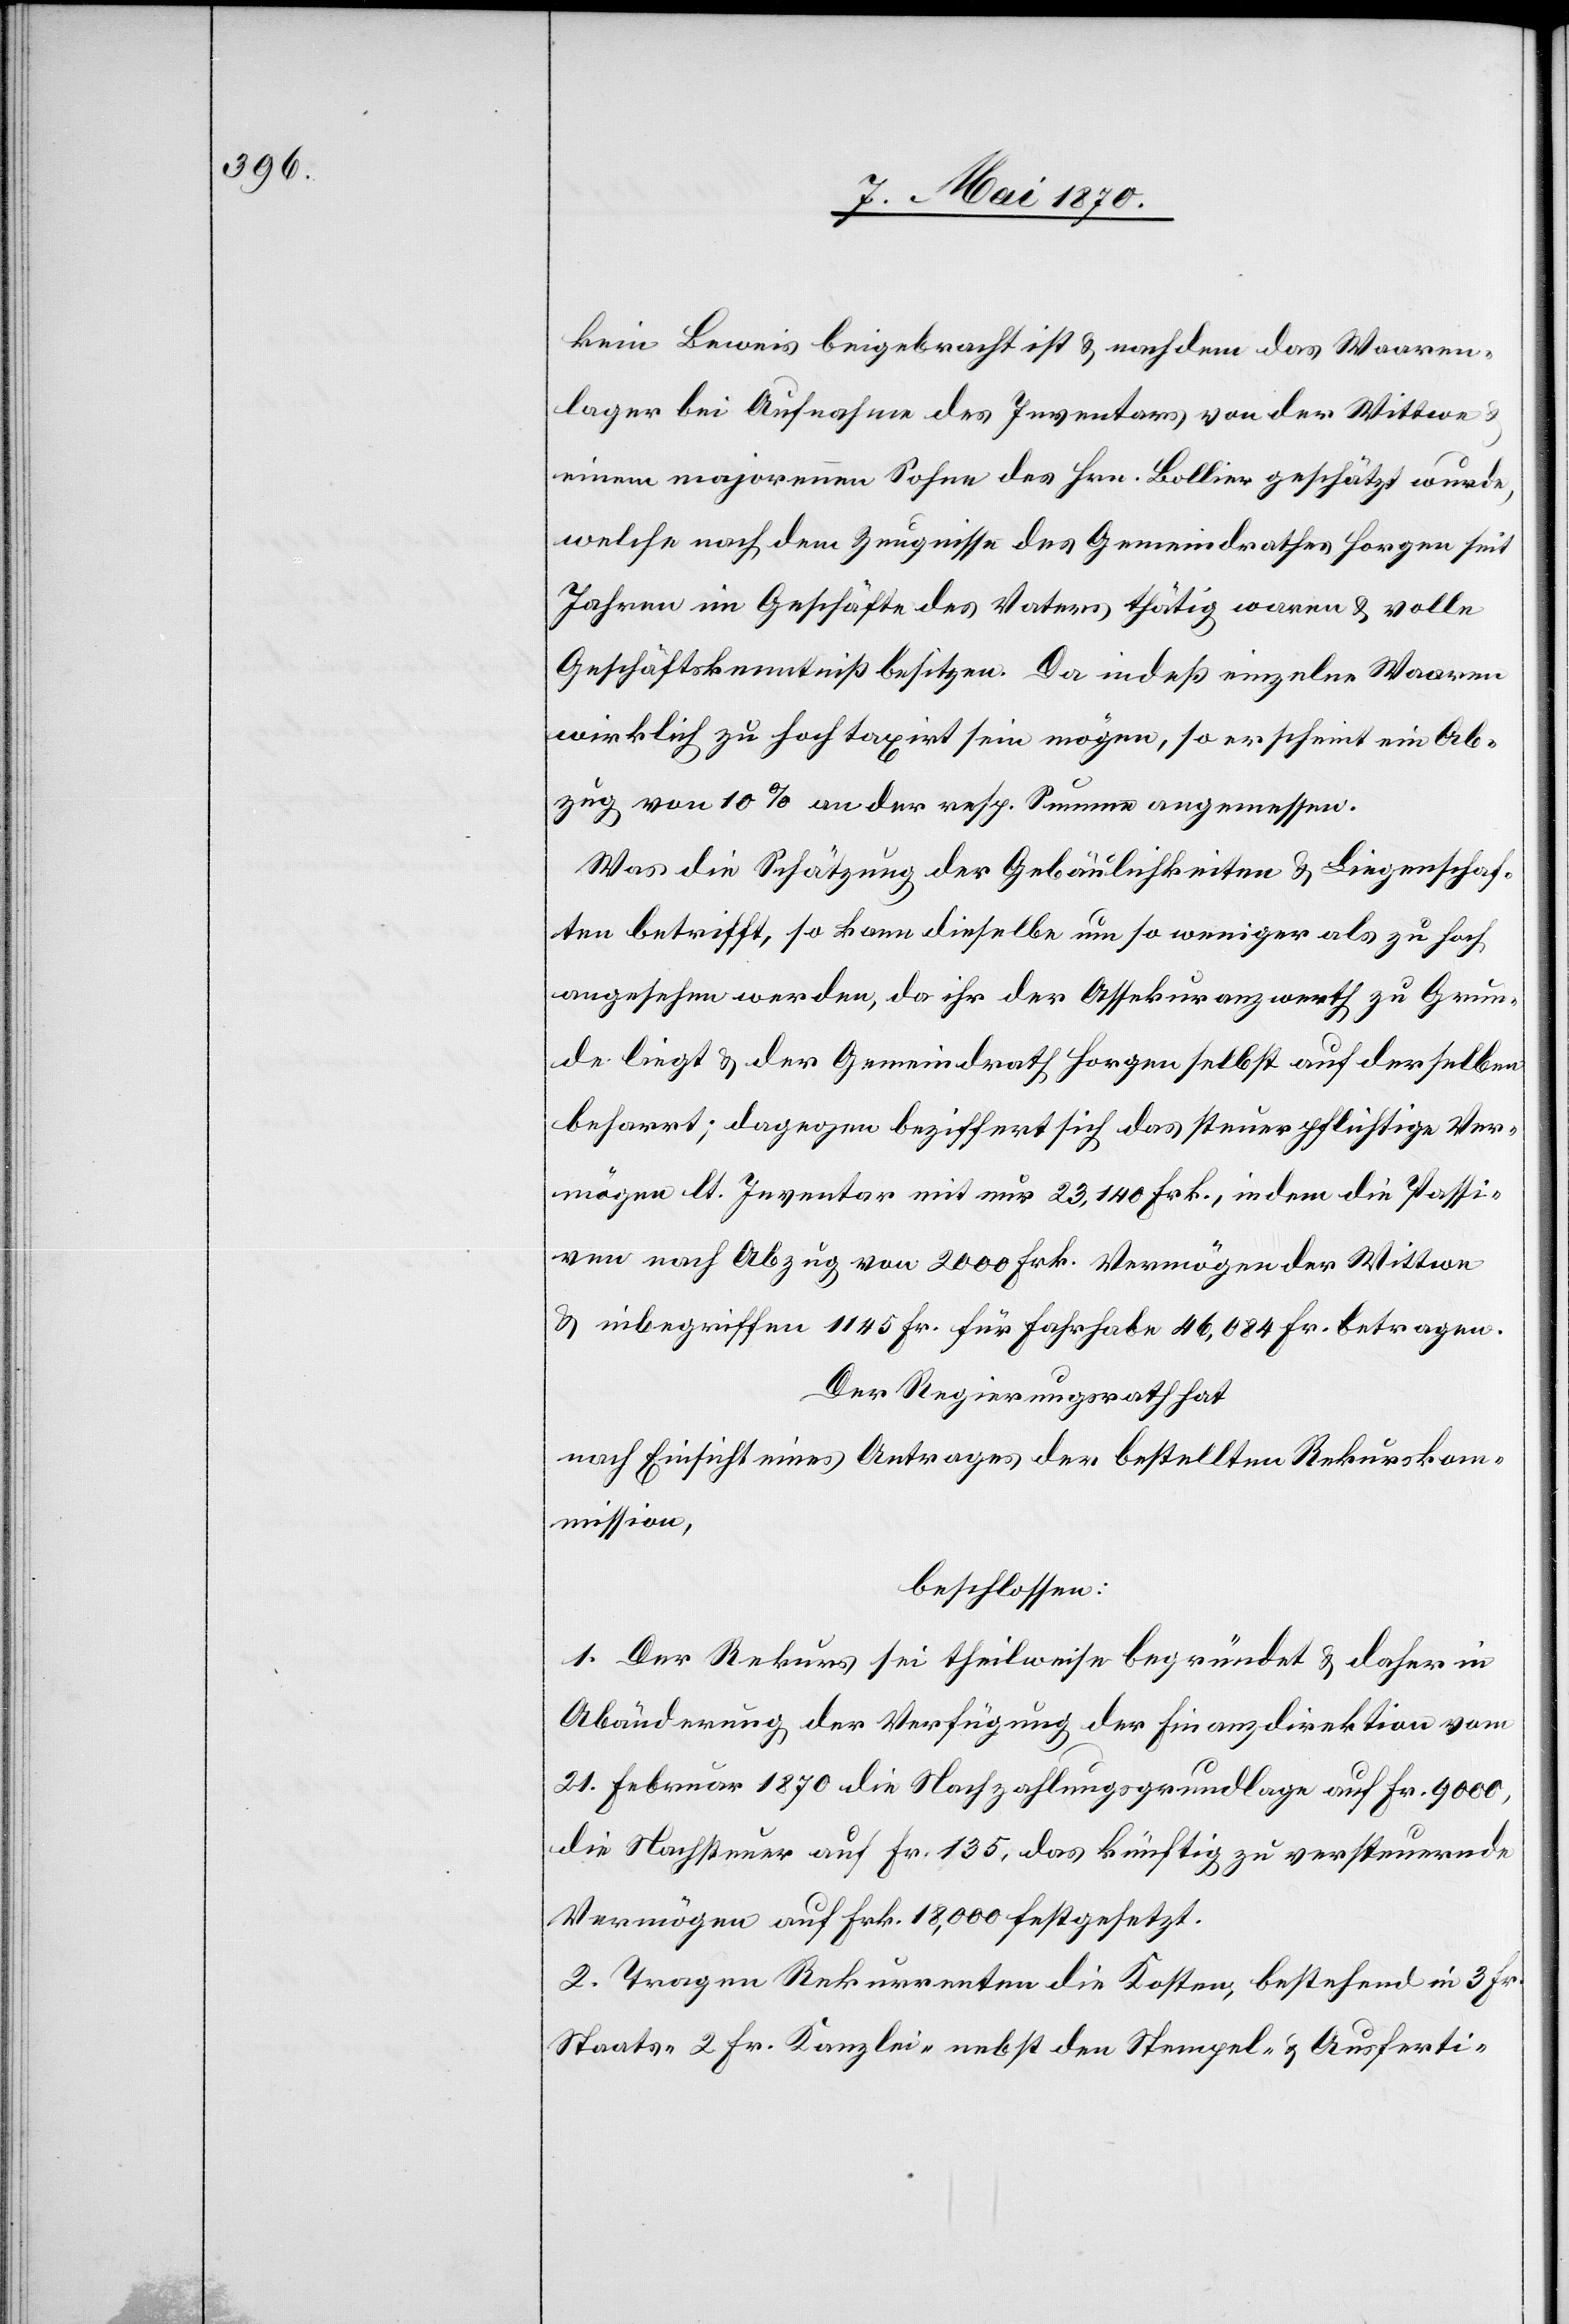
kein Beweis beigebracht ist & nachdem das Waaren¬
lager bei Aufnahme des Inventars von der Wittwe
einem majorennen Sohne des Hrn. Bolllier geschätzt wurde,
welche nach dem Zeugnisse des Gemeindrathes Horgen seit
Jahren im Geschäfte des Vaters thätig waren & volle
Geschäftskenntniß besitzen. Da indeß einzelne Waaren
wirklich zu hoch taxirt sein mögen, so erscheint ein Ab¬
zug von 10% an der resp. Summe angemessen.
Was die Schätzung der Gebäulichkeiten & Liegenschaf¬
ten betrifft, so kann dieselbe um so weniger als zu hoch
angesehen werden, da ihr der Assekuranzwerth zu Grun¬
de liegt & der Gemeindrath Horgen selbst auf derselben
beharrt; dagegen beziffert sich das steuerpflichtige Ver¬
mögen lt. Inventar mit nur 23,140 Frk., indem die Passi¬
ven nach Abzug von 2000 Frk. Vermögen der Wittwe
& inbegriffen 1145 Fr. für Fahrhabe 46,084 Fr. betragen.
Der Regierungsrath hat,
nach Einsicht eines Antrages der bestellten Rekurskom¬
mission,
beschlossen:
1. Der Rekurs sei theilweise begründet & daher in
Abänderung der Verfügung der Finanzdirektion vom
21. Februar 1870 die Nachzahlungsgrundlage auf fr. 9000,
die Nachsteuer auf Fr. 135, das künftig zu versteuernde
Vermögen auf Frk. 18,000 festgesetzt.
2. Tragen Rekurrenten die Kosten, bestehend in 3 Fr.
Staats-[,] 2 Fr. Kanzlei- nebst den Stempel- & Ausferti-